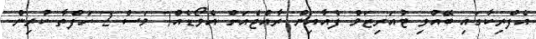
އެފްރިކާގައި ބޭއްވި ޓުއަރިޒަމް ފެއާއިން ރާއްޖެއަށް އެވޯޑެއް7 މަސް 2 ހަފްތާ ކުރިން.